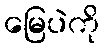
မြေပဲကို